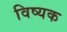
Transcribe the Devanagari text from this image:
विष्यक